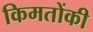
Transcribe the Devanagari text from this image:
किमतोंकी